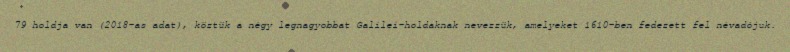
79 holdja van (2018-as adat), köztük a négy legnagyobbat Galilei-holdaknak nevezzük, amelyeket 1610-ben fedezett fel névadójuk.